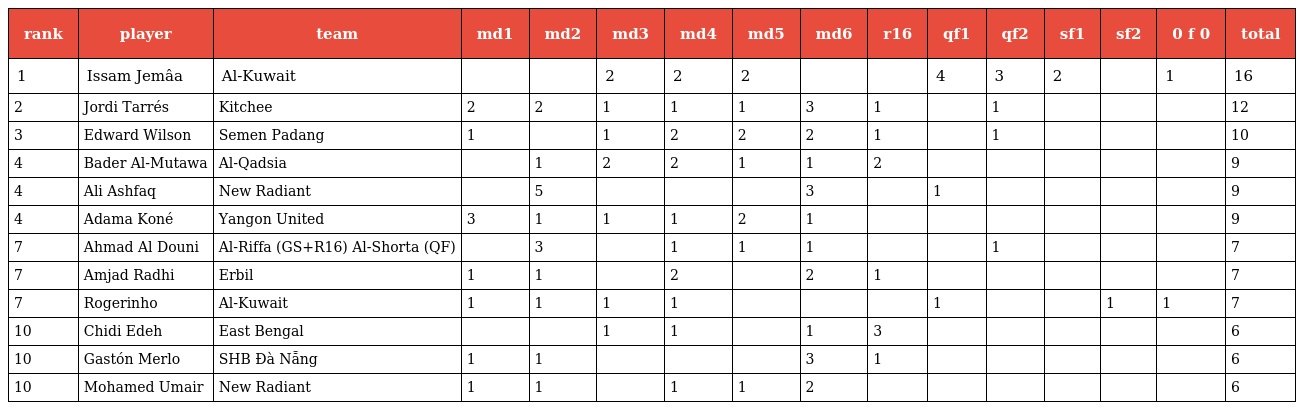
| rank | player | team | md1 | md2 | md3 | md4 | md5 | md6 | r16 | qf1 | qf2 | sf1 | sf2 | 0 f 0 | total |
 | --- | --- | --- | --- | --- | --- | --- | --- | --- | --- | --- | --- | --- | --- | --- | --- |
 | 1 | Issam Jemâa | Al-Kuwait |  |  | 2 | 2 | 2 |  |  | 4 | 3 | 2 |  | 1 | 16 |
 | 2 | Jordi Tarrés | Kitchee | 2 | 2 | 1 | 1 | 1 | 3 | 1 |  | 1 |  |  |  | 12 |
 | 3 | Edward Wilson | Semen Padang | 1 |  | 1 | 2 | 2 | 2 | 1 |  | 1 |  |  |  | 10 |
 | 4 | Bader Al-Mutawa | Al-Qadsia |  | 1 | 2 | 2 | 1 | 1 | 2 |  |  |  |  |  | 9 |
 | 4 | Ali Ashfaq | New Radiant |  | 5 |  |  |  | 3 |  | 1 |  |  |  |  | 9 |
 | 4 | Adama Koné | Yangon United | 3 | 1 | 1 | 1 | 2 | 1 |  |  |  |  |  |  | 9 |
 | 7 | Ahmad Al Douni | Al-Riffa (GS+R16) Al-Shorta (QF) |  | 3 |  | 1 | 1 | 1 |  |  | 1 |  |  |  | 7 |
 | 7 | Amjad Radhi | Erbil | 1 | 1 |  | 2 |  | 2 | 1 |  |  |  |  |  | 7 |
 | 7 | Rogerinho | Al-Kuwait | 1 | 1 | 1 | 1 |  |  |  | 1 |  |  | 1 | 1 | 7 |
 | 10 | Chidi Edeh | East Bengal |  |  | 1 | 1 |  | 1 | 3 |  |  |  |  |  | 6 |
 | 10 | Gastón Merlo | SHB Ðà Nẵng | 1 | 1 |  |  |  | 3 | 1 |  |  |  |  |  | 6 |
 | 10 | Mohamed Umair | New Radiant | 1 | 1 |  | 1 | 1 | 2 |  |  |  |  |  |  | 6 |